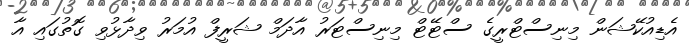
އެޑިއުކޭޝަން މިނިސްޓްރީގެ ސްޓޭޓް މިނިސްޓަރު އާދަމް ޝަރީފް އުމަރު ވިދާޅުވި ގޮތުގައި އާ